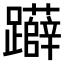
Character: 𨇨